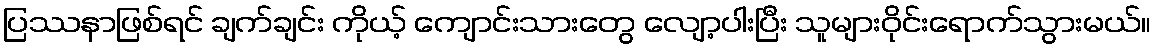
ပြဿနာဖြစ်ရင် ချက်ချင်း ကိုယ့် ကျောင်းသားတွေ လျော့ပါးပြီး သူများဝိုင်းရောက်သွားမယ်။